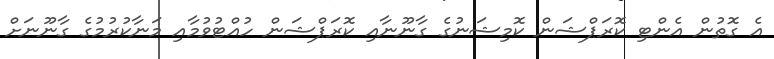
އެ ގޮތުން އެންޓި ކޮރަޕްޝަން ކޮމިޝަނުގެ ގާނޫނާއި ކޮރަޕްޝަން ހުއްޓުވުމާއި މަނާކުރުމުގެ ގާނޫނަށް